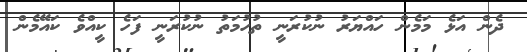
ދެން އަޅެ މަމެން ހައްޔަރު ނުކުރަނީ ތުހުމަތު ނުކުރަނީ ފަހެ ކީއްވެ ކައޭމެން